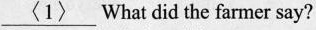
\underline{<1>}What did the farmer say?